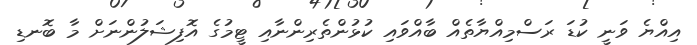
އިއްޔެ ވަނީ ކުޑަ ރަސްމިއްޔާތެއް ބާއްވައި ކުޅުންތެރިންނާއި ޓީމުގެ އޮފިޝަލުންނަށް މާ ބޮނޑި